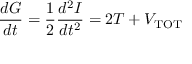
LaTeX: { \frac { d G } { d t } } = { \frac { 1 } { 2 } } { \frac { d ^ { 2 } I } { d t ^ { 2 } } } = 2 T + V _ { \mathrm { T O T } }